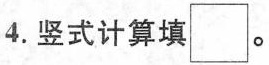
4.竖式计算填\Box。